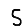
Digit: 5